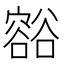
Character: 𧯉